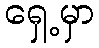
ရှေ့မှာ